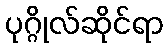
ပုဂ္ဂိုလ်ဆိုင်ရာ